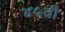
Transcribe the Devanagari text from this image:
४५वी